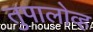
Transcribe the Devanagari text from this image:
तुपालोव्ह